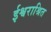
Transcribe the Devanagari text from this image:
ईश्वराश्रित